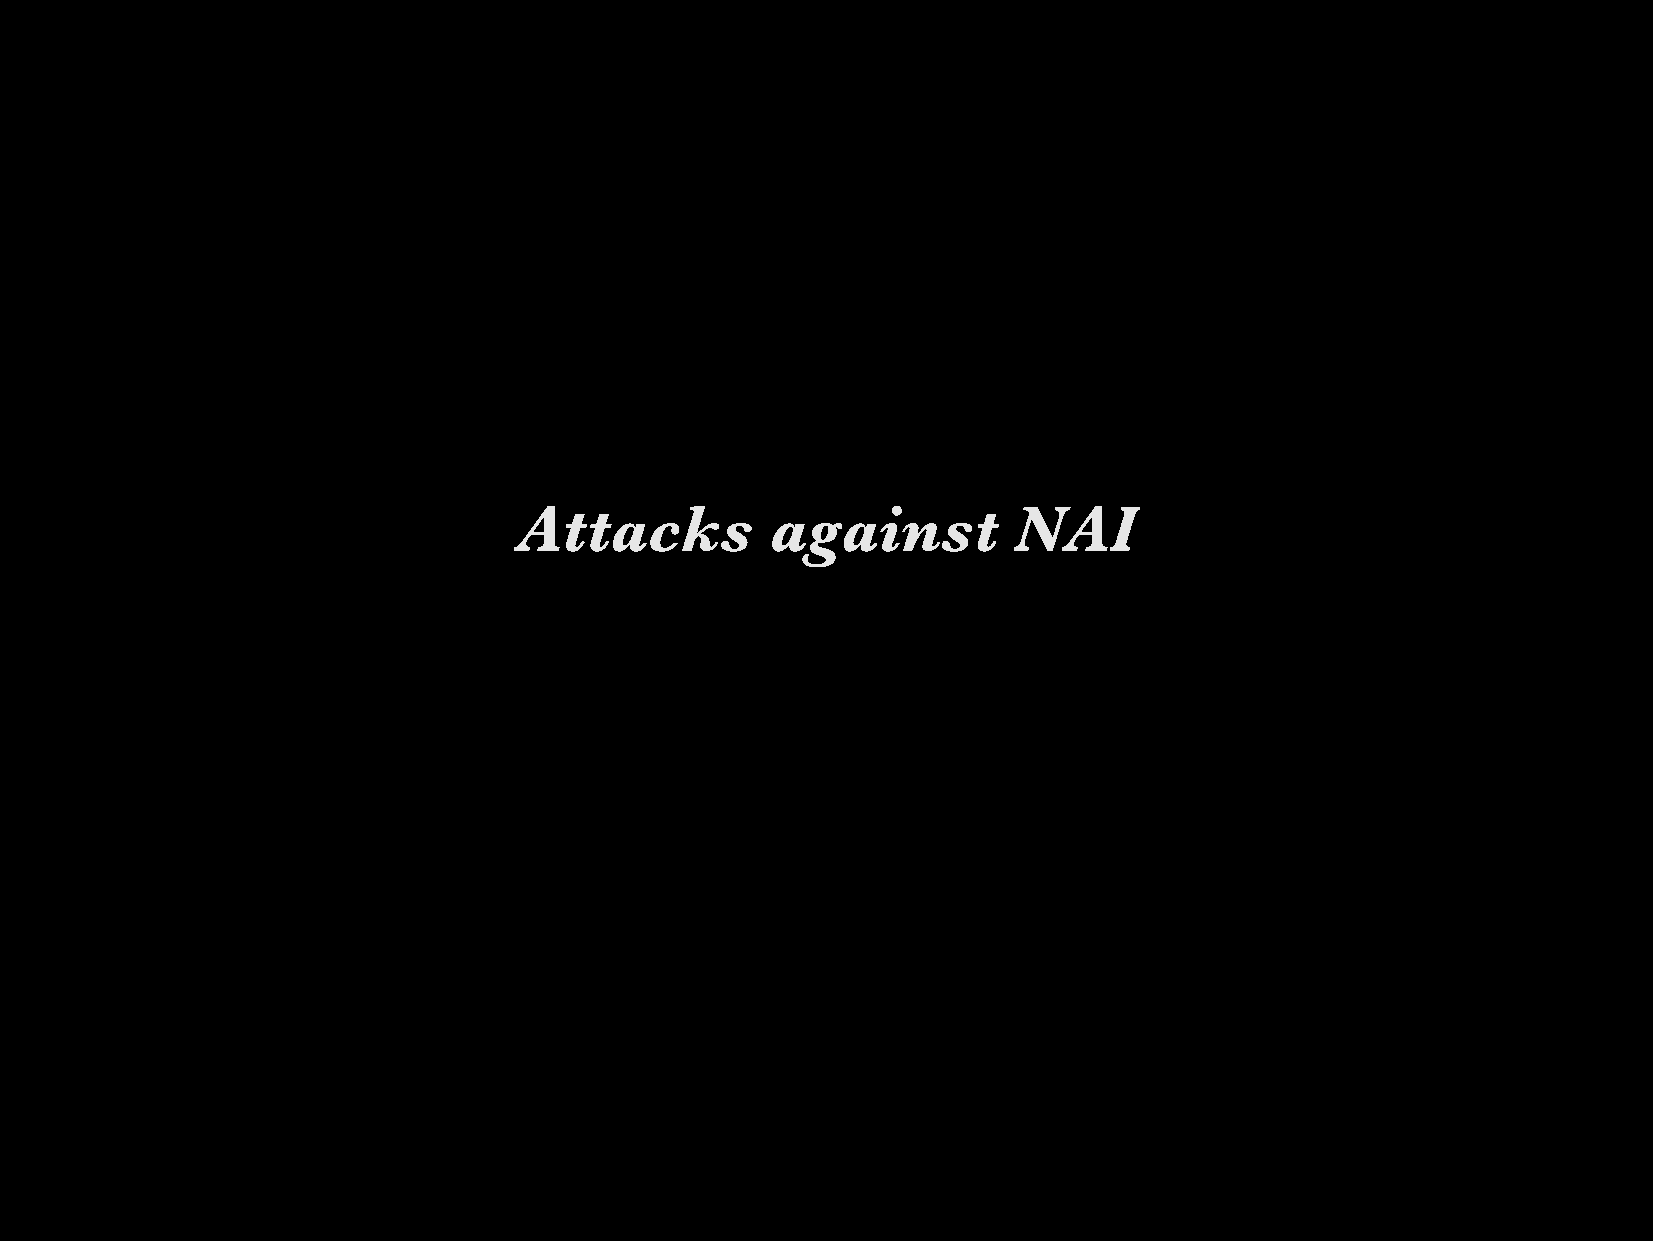
Attacks          against         NAI